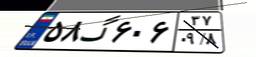
۵۸گ۶۰۶۳۷